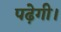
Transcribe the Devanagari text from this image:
पढ़ेगी।